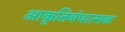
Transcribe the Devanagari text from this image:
आकृतिबंधात्मक